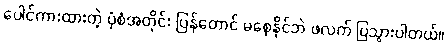
ပေါင်ကားထားတဲ့ ပုံစံအတိုင်း ပြန်တောင် မစေ့နိုင်ဘဲ ဖလက် ပြသွားပါတယ်။